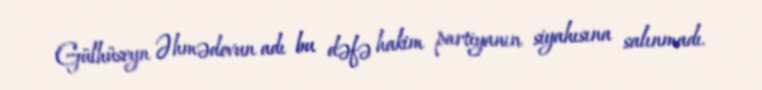
Gülhüseyn Əhmədovun adı bu dəfə hakim partiyanın siyahısına salınmadı.